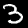
Digit: 3